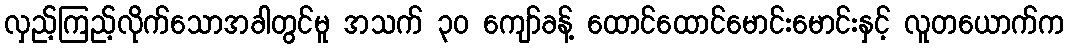
လှည့်ကြည့်လိုက်သောအခါတွင်မူ အသက် ၃၀ ကျော်ခန့် ထောင်ထောင်မောင်းမောင်းနှင့် လူတယောက်က